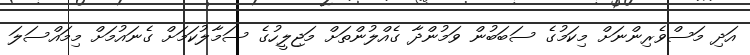
އަދި މަސްވެރިންނަށް މިކަމުގެ ސަބަބުން ވަމުންދާ ގެއްލުންތަށް މަޖިލީހުގެ ސަމާލުކަމަށް ގެނައުމަށް މިމައްސަލަ